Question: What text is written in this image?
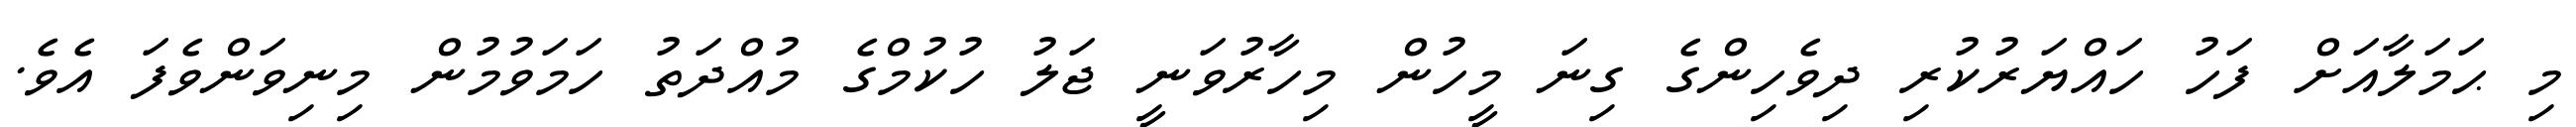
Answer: މި ޙަމަލާއަށް ފަހު ހައްޔަރުކުރި ދިވެހިންގެ ގިނަ މީހުން މިހާރުވަނީ ޖަލު ހުކުމްގެ މުއްދަތު ހަމަވުމުން މިނިވަންވެފަ އެވެ.